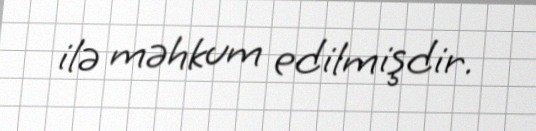
ilə məhkum edilmişdir.